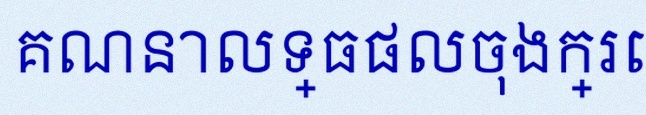
គណនាលទ្ធផលចុងក្រោយ